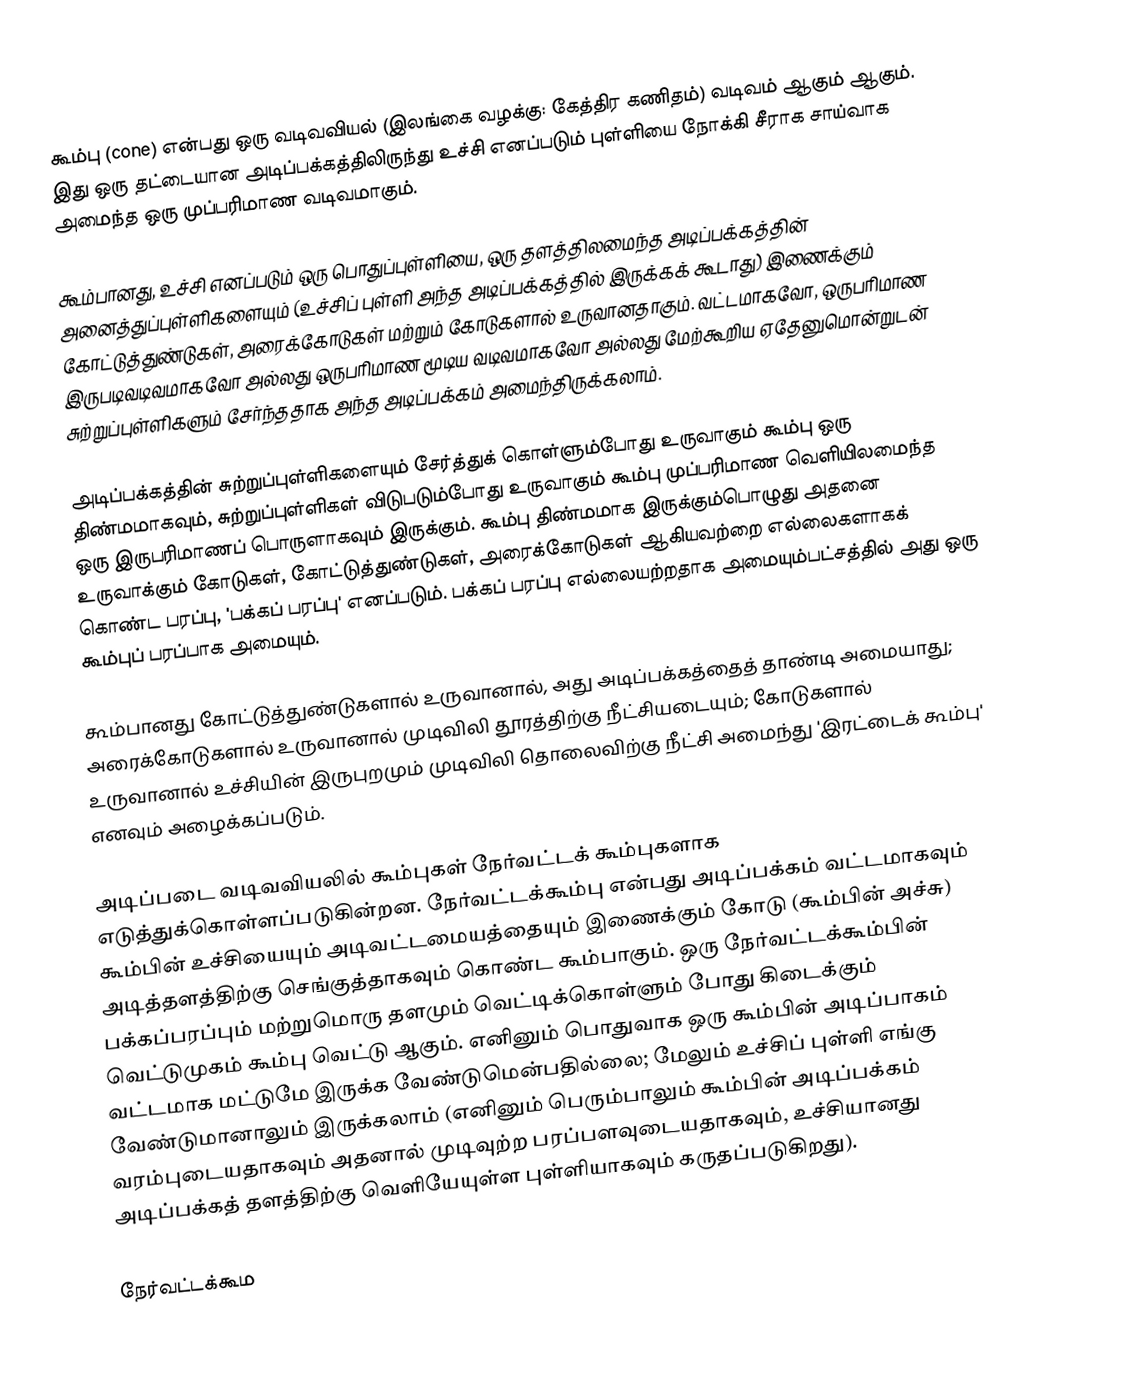
கூம்பு (cone) என்பது ஒரு வடிவவியல் (இலங்கை வழக்கு: கேத்திர கணிதம்) வடிவம் ஆகும் ஆகும். இது ஒரு தட்டையான அடிப்பக்கத்திலிருந்து உச்சி எனப்படும் புள்ளியை நோக்கி சீராக சாய்வாக அமைந்த ஒரு முப்பரிமாண வடிவமாகும்.

கூம்பானது, உச்சி எனப்படும் ஒரு பொதுப்புள்ளியை, ஒரு தளத்திலமைந்த அடிப்பக்கத்தின் அனைத்துப்புள்ளிகளையும் (உச்சிப் புள்ளி அந்த அடிப்பக்கத்தில் இருக்கக் கூடாது) இணைக்கும் கோட்டுத்துண்டுகள், அரைக்கோடுகள் மற்றும் கோடுகளால் உருவானதாகும். வட்டமாகவோ, ஒருபரிமாண இருபடிவடிவமாகவோ அல்லது ஒருபரிமாண மூடிய வடிவமாகவோ அல்லது மேற்கூறிய ஏதேனுமொன்றுடன்  சுற்றுப்புள்ளிகளும் சேர்ந்ததாக அந்த அடிப்பக்கம் அமைந்திருக்கலாம்.

அடிப்பக்கத்தின் சுற்றுப்புள்ளிகளையும் சேர்த்துக் கொள்ளும்போது உருவாகும் கூம்பு ஒரு திண்மமாகவும், சுற்றுப்புள்ளிகள் விடுபடும்போது உருவாகும் கூம்பு முப்பரிமாண வெளியிலமைந்த ஒரு இருபரிமாணப் பொருளாகவும் இருக்கும். கூம்பு திண்மமாக இருக்கும்பொழுது அதனை உருவாக்கும் கோடுகள், கோட்டுத்துண்டுகள், அரைக்கோடுகள் ஆகியவற்றை எல்லைகளாகக் கொண்ட பரப்பு, 'பக்கப் பரப்பு' எனப்படும். பக்கப் பரப்பு எல்லையற்றதாக அமையும்பட்சத்தில் அது ஒரு கூம்புப் பரப்பாக அமையும்.

கூம்பானது கோட்டுத்துண்டுகளால் உருவானால், அது அடிப்பக்கத்தைத் தாண்டி அமையாது; அரைக்கோடுகளால் உருவானால் முடிவிலி தூரத்திற்கு நீட்சியடையும்; கோடுகளால் உருவானால் உச்சியின் இருபுறமும் முடிவிலி தொலைவிற்கு நீட்சி அமைந்து 'இரட்டைக் கூம்பு' எனவும் அழைக்கப்படும்.

அடிப்படை வடிவவியலில் கூம்புகள் நேர்வட்டக் கூம்புகளாக எடுத்துக்கொள்ளப்படுகின்றன. நேர்வட்டக்கூம்பு என்பது அடிப்பக்கம் வட்டமாகவும் கூம்பின் உச்சியையும் அடிவட்டமையத்தையும் இணைக்கும் கோடு (கூம்பின் அச்சு) அடித்தளத்திற்கு செங்குத்தாகவும் கொண்ட கூம்பாகும். ஒரு நேர்வட்டக்கூம்பின் பக்கப்பரப்பும் மற்றுமொரு தளமும் வெட்டிக்கொள்ளும் போது கிடைக்கும் வெட்டுமுகம் கூம்பு வெட்டு ஆகும். எனினும் பொதுவாக ஒரு கூம்பின் அடிப்பாகம் வட்டமாக மட்டுமே இருக்க வேண்டுமென்பதில்லை; மேலும் உச்சிப் புள்ளி எங்கு வேண்டுமானாலும் இருக்கலாம் (எனினும் பெரும்பாலும் கூம்பின் அடிப்பக்கம் வரம்புடையதாகவும் அதனால் முடிவுற்ற பரப்பளவுடையதாகவும், உச்சியானது அடிப்பக்கத் தளத்திற்கு வெளியேயுள்ள புள்ளியாகவும் கருதப்படுகிறது).

நேர்வட்டக்கூம